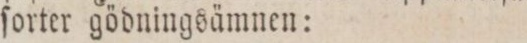
ſorter gödningsämnen: